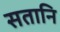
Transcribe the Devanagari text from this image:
सतानि